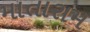
માતારામ